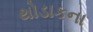
થોડાકના